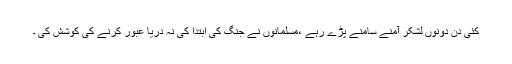
کئی دن دونوں لشکر آمنے سامنے پڑے رہے ،مسلمانوں نے جنگ کی ابتدا کی نہ دریا عبور کرنے کی کوشش کی ۔